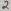
Text: 2